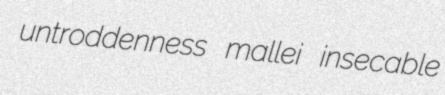
untroddenness mallei insecable